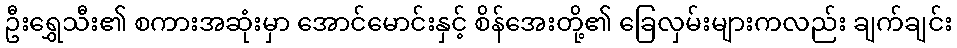
ဦးရွှေသီး၏ စကားအဆုံးမှာ အောင်မောင်းနှင့် စိန်အေးတို့၏ ခြေလှမ်းများကလည်း ချက်ချင်း